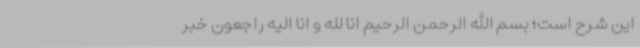
این شرح است؛ بسم الله الرحمن الرحیم انا لله و انا الیه راجعون خبر